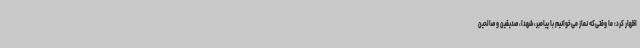
اظهار کرد: ما وقتی‌که نماز می‌خوانیم با پیامبر، شهدا، صدیقین و صالحین